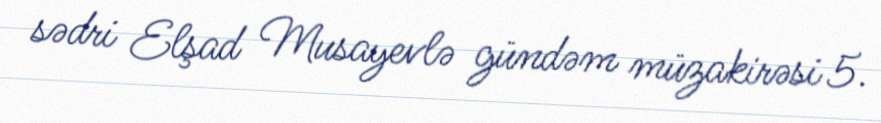
sədri Elşad Musayevlə gündəm müzakirəsi 5.